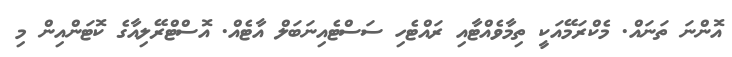
އޮންނަ ތަނައް. މެކްރަމޭއަކީ ތިމާވެއްޓާއި ރައްޓެހި ސަސްޓެއިނަބަލް އާޓެއް. އޮސްޓްރޭލިއާގެ ކޮޓަންއިން މި